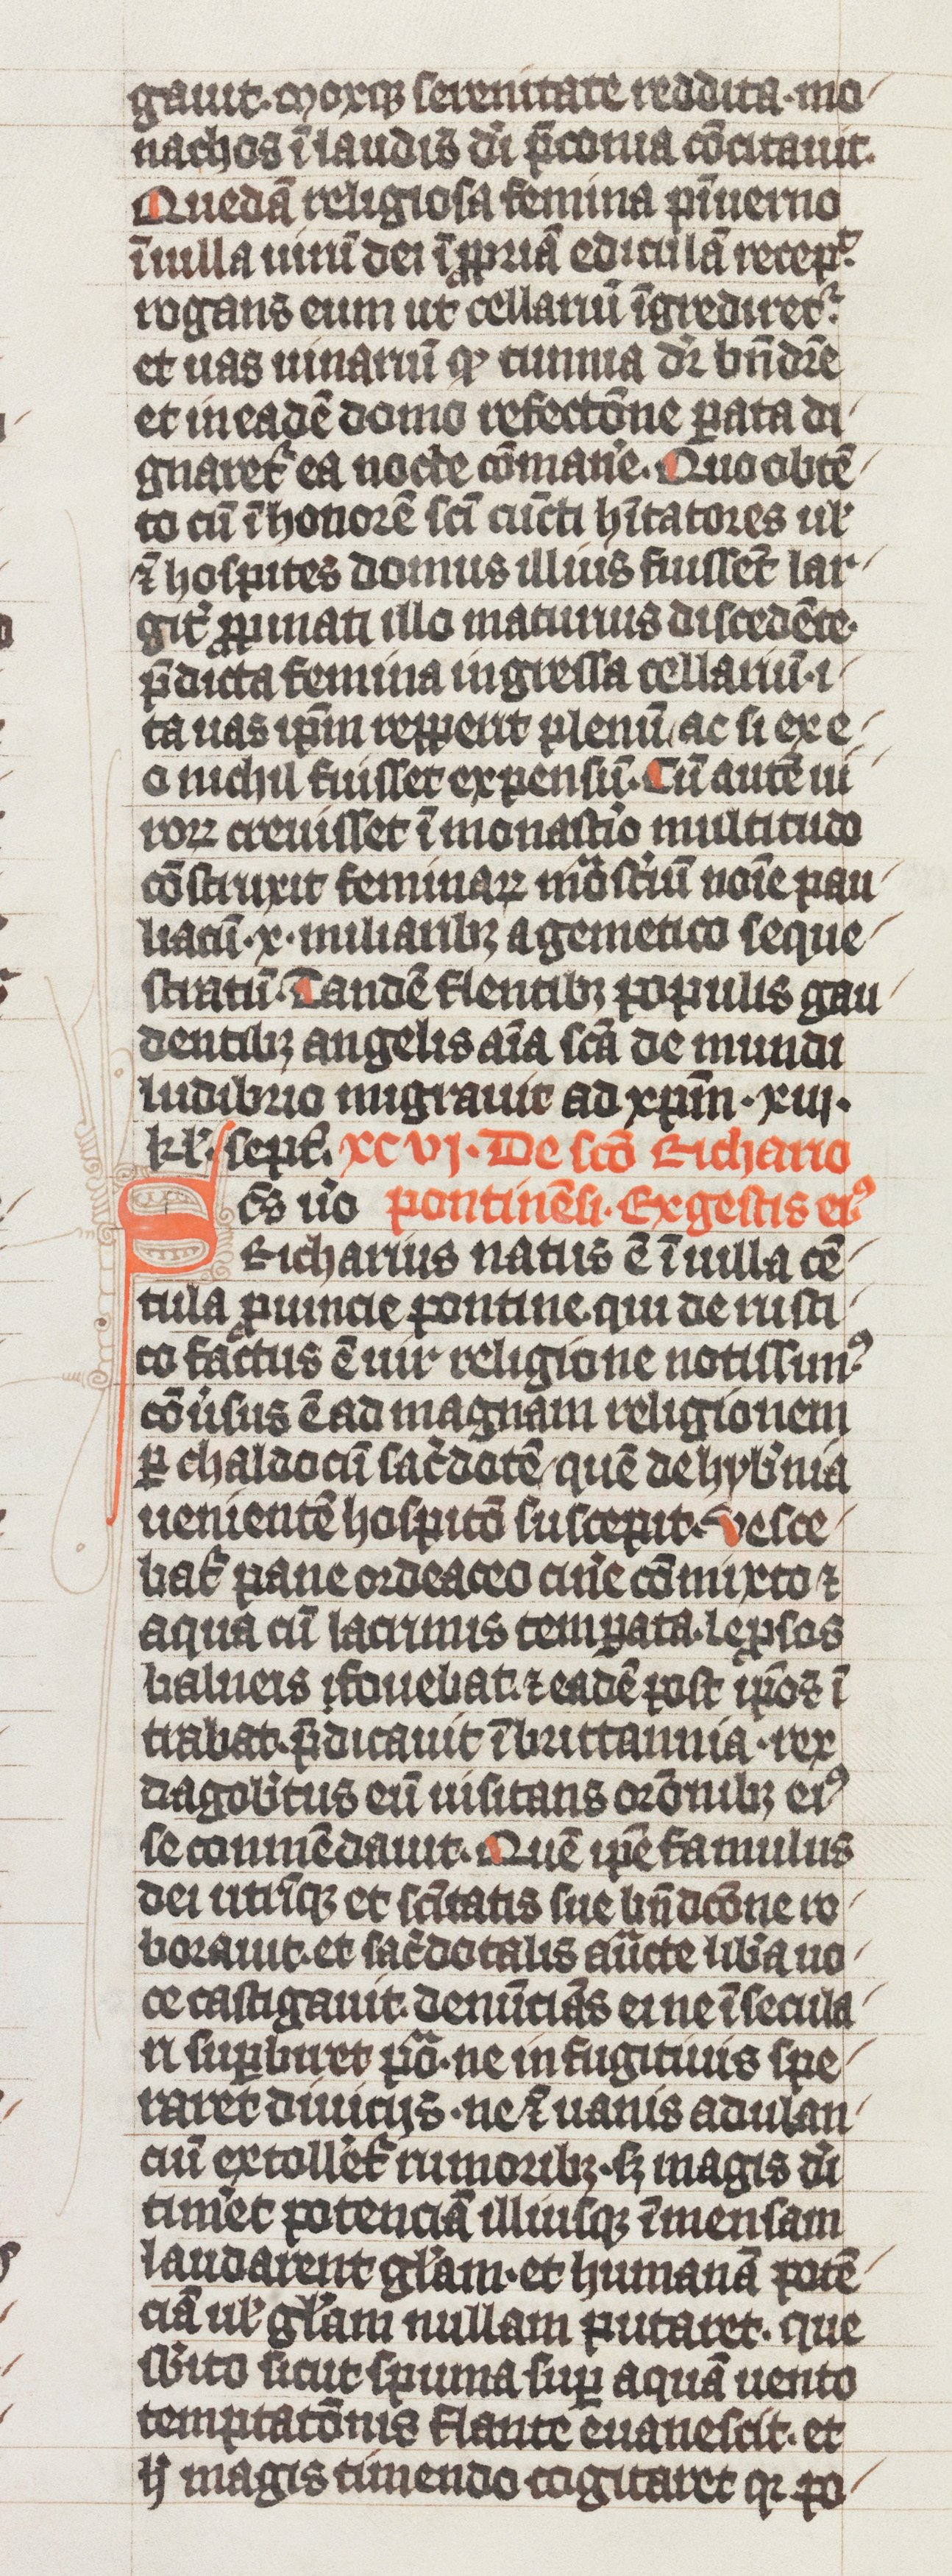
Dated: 1338–1340